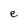
Character: e